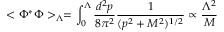
< \Phi ^ { * } \Phi > _ { \Lambda } = \int _ { 0 } ^ { \Lambda } { \frac { d ^ { 2 } p } { 8 \pi ^ { 2 } } } { \frac { 1 } { ( p ^ { 2 } + M ^ { 2 } ) ^ { 1 / 2 } } } \propto { \frac { \Lambda ^ { 2 } } { M } }